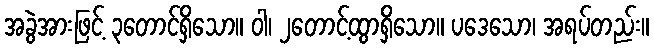
အခွဲအားဖြင့် ၃တောင်ရှိသော။ ဝါ၊ ၂တောင့်ထွာရှိသော။ ပဒေသော၊ အရပ်တည်း။